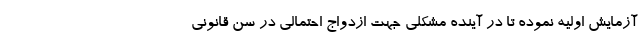
آزمایش اولیه نموده تا در آینده مشکلی جهت ازدواج احتمالی در سن قانونی